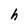
Character: h